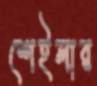
শেইলার